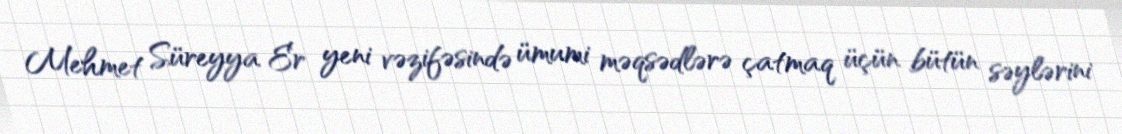
Mehmet Süreyya Er yeni vəzifəsində ümumi məqsədlərə çatmaq üçün bütün səylərini